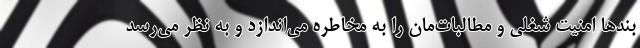
بندها امنیت شغلی و مطالبات‌مان را به مخاطره می‌اندازد و به نظر می‌رسد